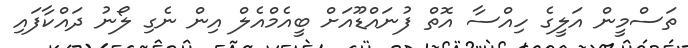
ތަސްމީން އަލީގެ ހިއްސާ އޮތް ފުނައްޑޫއަށް ބީއެމްއެލް އިން ނެގި ލޯނު ދައްކާފައި